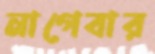
নাগেবার